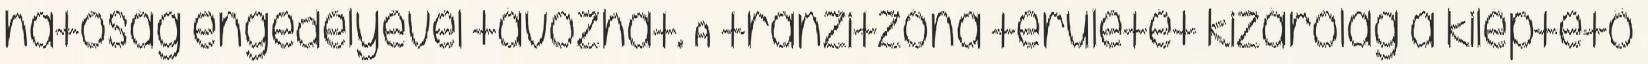
hatóság engedélyével távozhat. A tranzitzóna területét kizárólag a kiléptető